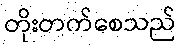
တိုးတက်စေသည်